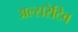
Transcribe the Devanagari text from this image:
अल्सरेटिव